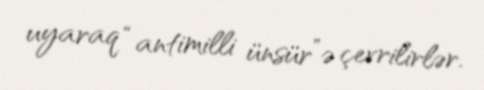
uyaraq “antimilli ünsür”ə çevrilirlər.